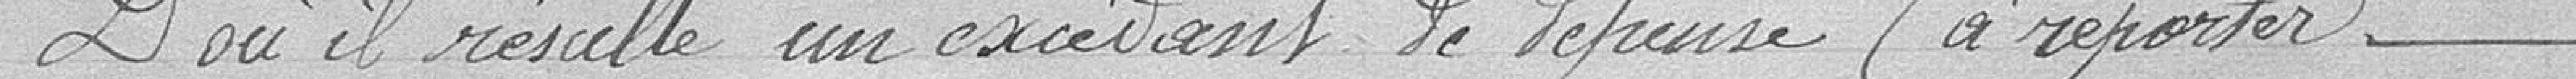
D'où il résulte un excédent de dépenses (à reporter)